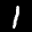
Label: 1